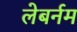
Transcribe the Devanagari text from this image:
लेबर्नम